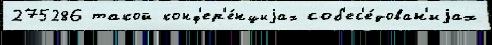
275286 такой конф'ер'е́нциjах соб'ес'е́дован'иjах